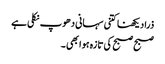
ذرا دیکھنا کتنی سہانی دھوپ نکلی ہے
صبح صبح کی تازہ ہوا بھی ۔